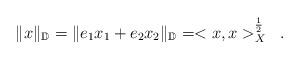
LaTeX: \begin{align*}\|x\|_{\mathbb D}=\|e_1x_1+e_2x_2\|_{\mathbb D}=<x,x>_X^\frac{1}{2}\;\;.\end{align*}